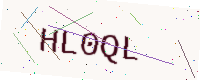
Text: HL0QL